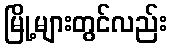
မြို့များတွင်လည်း